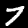
Digit: 7